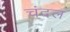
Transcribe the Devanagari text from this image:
चंदल